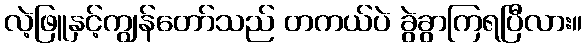
လဲ့ဖြူနှင့်ကျွန်တော်သည် တကယ်ပဲ ခွဲခွာကြရပြီလား။